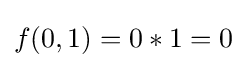
f(0,1)=0*1=0